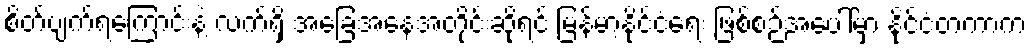
စိတ်ပျက်ရကြောင်းနဲ့ လက်ရှိ အခြေအနေအတိုင်းဆိုရင် မြန်မာ့နိုင်ငံရေး ဖြစ်စဉ်အပေါ်မှာ နိုင်ငံတကာက